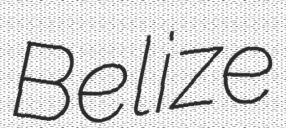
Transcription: Belize